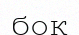
бок